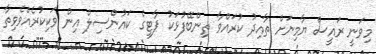
މިވަނީ ރައީސް ޔާމިނަށް ތާއިދު ކުރައްވާ ތިންބޭފުޅަކު ޕާޓީގެ ކައުންސިލް އިން ވަކިކުރެއްވެވިތާ